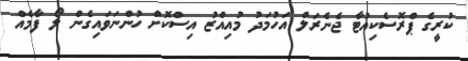
ކުރީގެ ޕްރޮސެކިއުޓާ ޖެނެރަލް އަހުމަދު މުއިއްޒު އިސްކޮށް ހުންނަވައިގެން ލޯ ފާމެއް